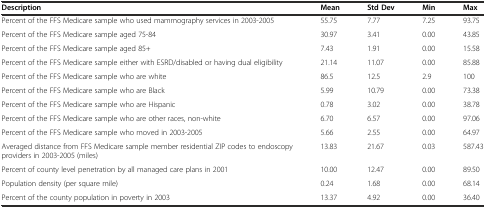
<table><thead><tr><td><b>Description</b></td><td><b>Mean</b></td><td><b>Std Dev</b></td><td><b>Min</b></td><td><b>Max</b></td></tr></thead><tbody><tr><td>Percent of the FFS Medicare sample who used mammography services in 2003-2005</td><td>55.75</td><td>7.77</td><td>7.25</td><td>93.75</td></tr><tr><td>Percent of the FFS Medicare sample aged 75-84</td><td>30.97</td><td>3.41</td><td>0.00</td><td>43.85</td></tr><tr><td>Percent of the FFS Medicare sample aged 85+</td><td>7.43</td><td>1.91</td><td>0.00</td><td>15.58</td></tr><tr><td>Percent of the FFS Medicare sample either with ESRD/disabled or having dual eligibility</td><td>21.14</td><td>11.07</td><td>0.00</td><td>85.88</td></tr><tr><td>Percent of the FFS Medicare sample who are white</td><td>86.5</td><td>12.5</td><td>2.9</td><td>100</td></tr><tr><td>Percent of the FFS Medicare sample who are Black</td><td>5.99</td><td>10.79</td><td>0.00</td><td>73.38</td></tr><tr><td>Percent of the FFS Medicare sample who are Hispanic</td><td>0.78</td><td>3.02</td><td>0.00</td><td>38.78</td></tr><tr><td>Percent of the FFS Medicare sample who are other races, non-white</td><td>6.70</td><td>6.57</td><td>0.00</td><td>97.06</td></tr><tr><td>Percent of the FFS Medicare sample who moved in 2003-2005</td><td>5.66</td><td>2.55</td><td>0.00</td><td>64.97</td></tr><tr><td>Averaged distance from FFS Medicare sample member residential ZIP codes to endoscopy providers in 2003-2005 (miles)</td><td>13.83</td><td>21.67</td><td>0.03</td><td>587.43</td></tr><tr><td>Percent of county level penetration by all managed care plans in 2001</td><td>10.00</td><td>12.47</td><td>0.00</td><td>89.50</td></tr><tr><td>Population density (per square mile)</td><td>0.24</td><td>1.68</td><td>0.00</td><td>68.14</td></tr><tr><td>Percent of the county population in poverty in 2003</td><td>13.37</td><td>4.92</td><td>0.00</td><td>36.40</td></tr></tbody></table>